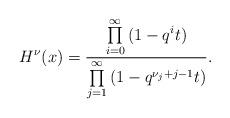
LaTeX: \begin{gather*}H^{\nu}(x) = \frac{\prod\limits_{i=0}^{\infty}{(1 - q^i t)}}{\prod\limits_{j=1}^{\infty}{(1 - q^{\nu_j + j - 1}t)}}.\end{gather*}